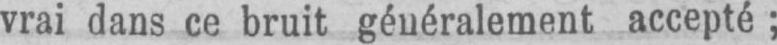
vrai dans ce bruit généralement accepté;